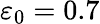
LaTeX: \varepsilon_{0}=0.7